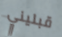
قبليني